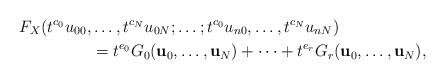
LaTeX: \begin{align*}F_X(t^{c_0}u_{00},&\ldots,t^{c_N}u_{0N};\ldots ; t^{c_0}u_{n0},\ldots,t^{c_N}u_{nN})\\ & = t^{e_0}G_0(\textbf{u}_0,\ldots,\textbf{u}_N)+\cdots +t^{e_r}G_r(\textbf{u}_0,\ldots, \textbf{u}_N),\end{align*}